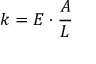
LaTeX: k = E \cdot { \frac { A } { L } }